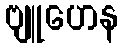
ဗျူဟေန